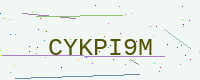
Text: CYKPI9M